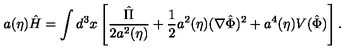
a ( \eta ) \hat { H } = \int d ^ { 3 } x \left[ \frac { \hat { \Pi } } { 2 a ^ { 2 } ( \eta ) } + \frac { 1 } { 2 } a ^ { 2 } ( \eta ) ( \nabla \hat { \Phi } ) ^ { 2 } + a ^ { 4 } ( \eta ) V ( \hat { \Phi } ) \right] .